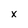
Character: X